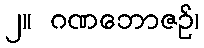
၂။ ဂဏဘောဇဉ်၊